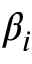
\beta _ { i }